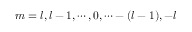
m = l , l - 1 , \cdots , 0 , \cdots - ( l - 1 ) , - l